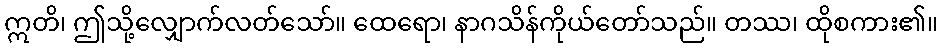
ဣတိ၊ ဤသို့လျှောက်လတ်သော်။ ထေရော၊ နာဂသိန်ကိုယ်တော်သည်။ တဿ၊ ထိုစကား၏။